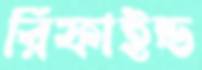
রিফাইন্ড